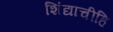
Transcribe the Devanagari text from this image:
शिंद्याचीहि